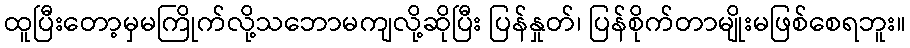
ထူပြီးတော့မှမကြိုက်လို့သဘောမကျလို့ဆိုပြီး ပြန်နှုတ်၊ ပြန်စိုက်တာမျိုးမဖြစ်စေရဘူး။